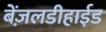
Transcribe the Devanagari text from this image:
बेंज़लडीहाईड